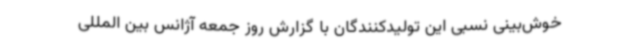
خوش‌بینی نسبی این تولیدکنندگان با گزارش روز جمعه آژانس بین المللی